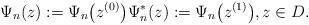
LaTeX: \begin{align*}\Psi_n(z):=\Psi_n\big(z^{(0)}\big) \Psi_n^*(z):=\Psi_n\big(z^{(1)}\big), z\in D.\end{align*}